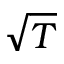
\sqrt { T }